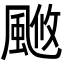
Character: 𩗚